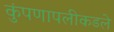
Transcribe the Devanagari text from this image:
कुंपणापलीकडले